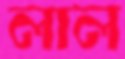
লাল